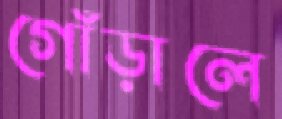
গোঁড়ালে